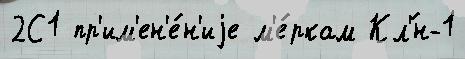
2С1 пр'им'ен'е́н'иjе м'е́ркам Кл'́н-1